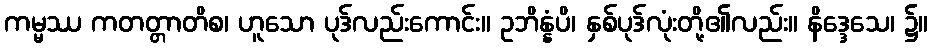
ကမ္မဿ ကတတ္တာတိစ၊ ဟူသော ပုဒ်လည်းကောင်း။ ဥဘိန္နံပိ၊ နှစ်ပုဒ်လုံးတို့၏လည်း။ နိဒ္ဒေသေ၊ ၌။